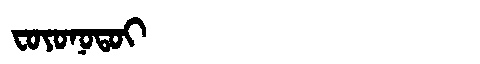
Manchu: ᠸᠣᠶᠣᠨᠣᡨᠣᡳ
Romanization: FOYONOTOI